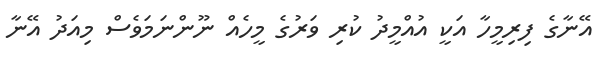
އޭނާގެ ފިރިމީހާ އަކީ އުއްމީދު ކުރި ވަރުގެ މީހެއް ނޫންނަމަވެސް މިއަދު އޭނާ